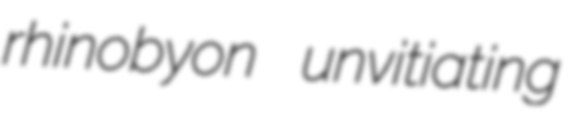
rhinobyon unvitiating